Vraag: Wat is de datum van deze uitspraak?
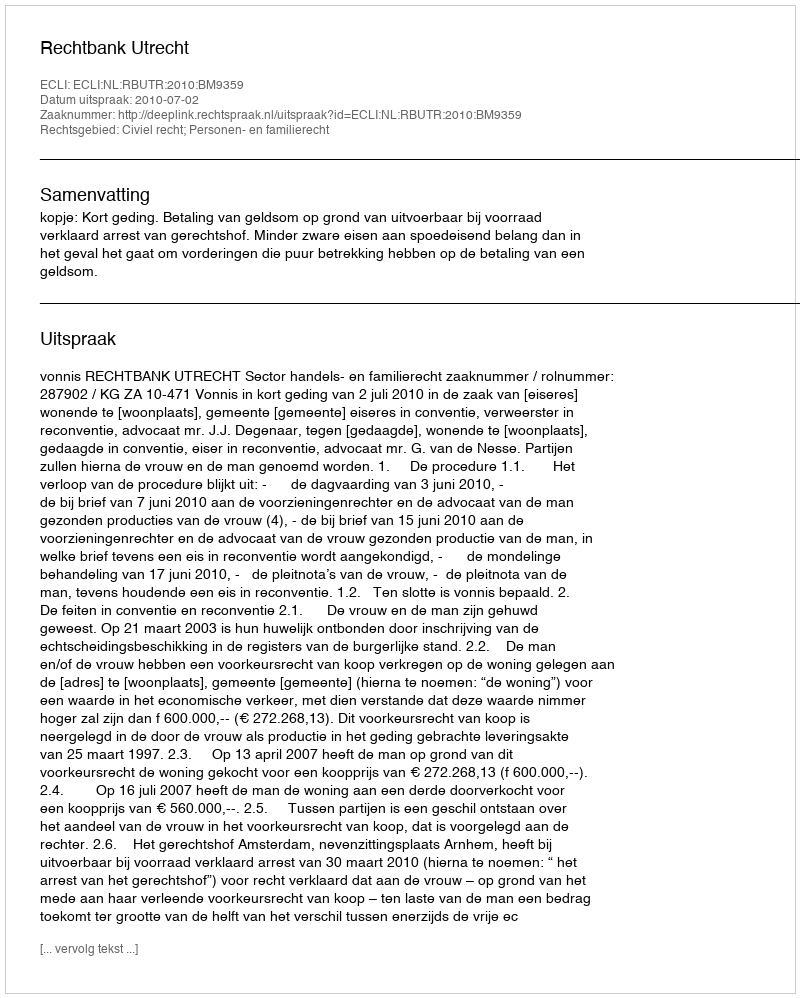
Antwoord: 2010-07-02